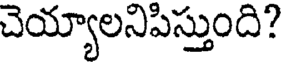
చెయ్యాలనిపిస్తుంది?